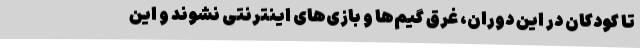
تا کودکان در این دوران، غرق گیم‌ها و بازی‌های اینترنتی نشوند و این